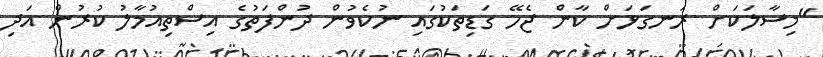
"މިސާލަކަށް ރަނގަޅަށް ކާން ޖެހޭ ގަޑިތަކުގައި ނުކެވުން ދުންފަތުގެ އިސްތިއުމާލު ކުރުން އަދި